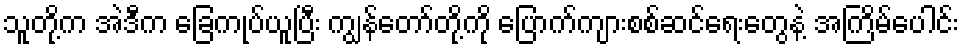
သူတို့က အဲဒီက ခြေကုပ်ယူပြီး ကျွန်တော်တို့ကို ပြောက်ကျားစစ်ဆင်ရေးတွေနဲ့ အကြိမ်ပေါင်း